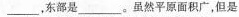
___，东部是___。虽然平原面积广，但是